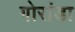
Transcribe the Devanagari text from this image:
गोरांडा